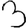
Digit: 3